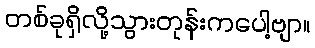
တစ်ခုရှိလို့သွားတုန်းကပေါ့ဗျာ။